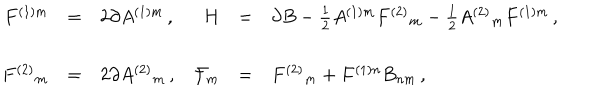
\begin{array} { r c l r c l } { { F ^ { ( 1 ) m } } } & { { = } } & { { 2 \partial A ^ { ( 1 ) m } \, , } } & { { H } } & { { = } } & { { \partial B - { \textstyle \frac { 1 } { 2 } } A ^ { ( 1 ) m } F ^ { ( 2 ) } { } _ { m } - { \textstyle \frac { 1 } { 2 } } A ^ { ( 2 ) } { } _ { m } F ^ { ( 1 ) m } \, , } } \\ { { } } & { { } } & { { } } & { { } } & { { } } & { { } } \\ { { F ^ { ( 2 ) } { } _ { m } } } & { { = } } & { { 2 \partial A ^ { ( 2 ) } { } _ { m } \, , } } & { { { \cal F } _ { m } } } & { { = } } & { { F ^ { ( 2 ) } { } _ { m } + F ^ { ( 1 ) n } B _ { n m } \, , } } \\ \end{array}